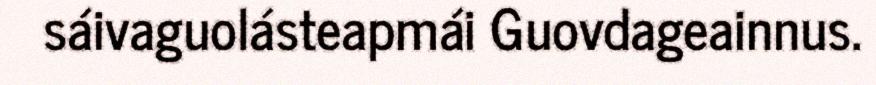
sáivaguolásteapmái Guovdageainnus.